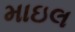
માઇલ